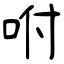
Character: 咐